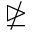
\ntrianglerighteq